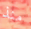
منذ